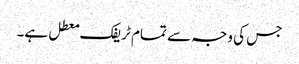
جس کی وجہ سے تمام ٹریفک معطل ہے۔